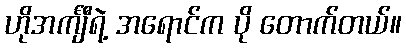
ဟိုအင်္ကျီရဲ့ အရောင်က ပို တောက်တယ်။